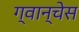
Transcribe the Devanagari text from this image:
ग्वान्चेस